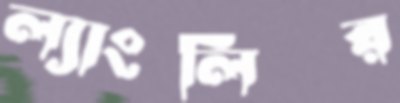
ল্যাংলির